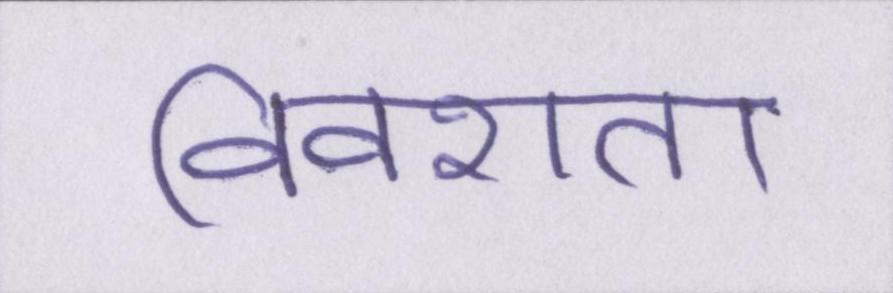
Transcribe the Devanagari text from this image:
विवशता